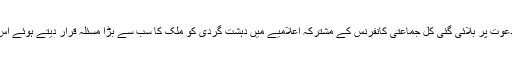
14 فروری کو ویلنٹائنز ڈے کے موقعے پر اسلام آباد میں عوامی نیشنل پارٹی کی دعوت پر بلائی گئی کل جماعتی کانفرنس کے مشترکہ اعلامیے میں دہشت گردی کو ملک کا سب سے بڑا مسئلہ قرار دیتے ہوئے اس کے حل کے لیے تمام جماعتوں کو مل کر جدوجہد کرنے کی استدعا کی گئی تھی۔